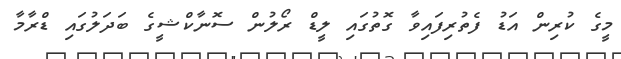
މީގެ ކުރިން އަޑު ފެތުރިފައިވާ ގޮތުގައި ލީޑް ރޯލުން ސޮނާކްޝީގެ ބަދަލުގައި ޑްރާމާ